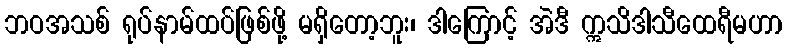
ဘဝအသစ် ရုပ်နာမ်ထပ်ဖြစ်ဖို့ မရှိတော့ဘူး၊ ဒါကြောင့် အဲဒီ ဣသိဒါသီထေရီမဟာ